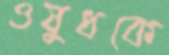
ওষুধকে